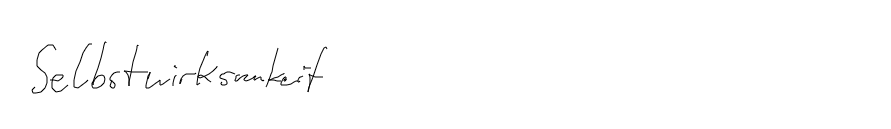
Selbstwirksamkeit